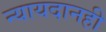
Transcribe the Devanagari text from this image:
न्यायदानही